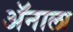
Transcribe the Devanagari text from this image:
ॲनाला